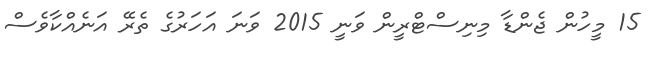
15 މީހުން ޖެންޑާ މިނިސްޓްރީން ވަނީ 2015 ވަނަ އަހަރުގެ ތެރޭ އަނެއްކާވެސް